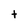
Character: t